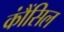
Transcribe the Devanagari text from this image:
कौंंसिल